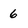
Character: 6